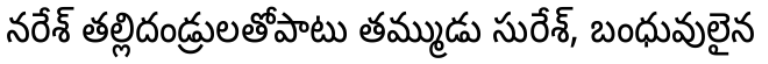
నరేశ్ తల్లిదండ్రులతోపాటు తమ్ముడు సురేశ్, బంధువులైన